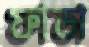
ফাডা